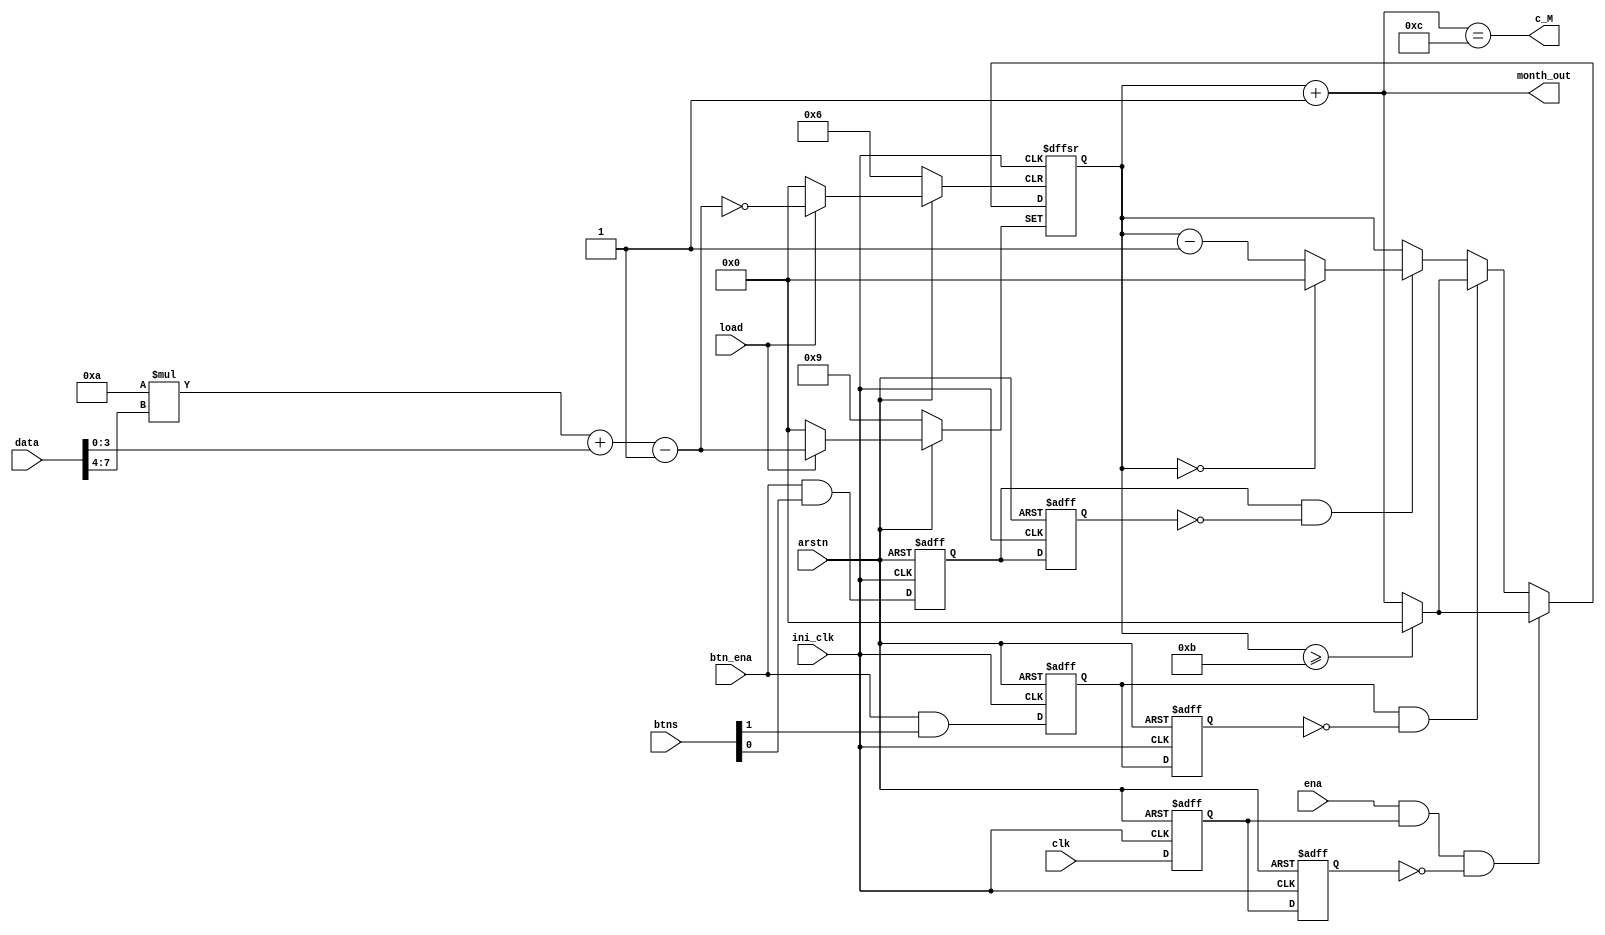
`timescale 1ns / 1ps

module Mcounter(
    input ini_clk,      //?
    input clk,
    input[1:0] btns,    
    input btn_ena,      
    input arstn,    
    input ena,
    input load,
    input[7:0] data,
    output c_M, 
    output[3:0] month_out
    );

    reg [3:0] state; //2^4=16>12
    wire [3:0] month;
    assign month = state + 1'b1; 
    // reg cc;
    // assign c_M = cc;
    wire up,down;
    assign up = btn_ena & btns[1];
    assign down = btn_ena & btns[0];

    // ??
    reg up_d0, up_d1;
    always @ (posedge ini_clk or negedge arstn) begin
        if (~arstn) begin
            up_d0 <= 1'b0;
            up_d1 <= 1'b0;
        end
        else begin 
            up_d0 <= up;
            up_d1 <= up_d0;
        end
    end

    reg down_d0,down_d1;
    always @ (posedge ini_clk or negedge arstn) begin
        if (~arstn) begin
            down_d0 <= 1'b0;
            down_d1 <= 1'b0;
        end
        else begin 
            down_d0 <= down;
            down_d1 <= down_d0;
        end
    end

    reg clk_d0,clk_d1;
    always @(posedge ini_clk or negedge arstn) begin
        if (~arstn) begin 
            clk_d0 <= 0;
            clk_d1 <= 0;
        end
        else begin 
            clk_d0 <= clk;
            clk_d1 <= clk_d0;
        end
    end

    always @ (posedge ini_clk or negedge arstn or posedge load) begin
        if (~arstn) begin
            state <= 4'd9;         //?1949.10.01
            // cc <= 1'b0;
        end
        else if (load) begin
            state <= 10*data[7:4]+data[3:0]-1;
        end
        else if (ena&clk_d0&(~clk_d1)) begin
            if (state >= 4'd11)     
                state <= 4'd0;
            else
                state <= state + 1'b1;
        end
        else if (up_d0&(~up_d1)) begin
            if (state >= 4'd11)
            state <= 4'd0;
            else 
                state <= state + 1'b1;
        end
        else if (down_d0&(~down_d1)) begin
            if (state == 4'd0) 
                state <= 4'd0;
            else 
                state <= state-1'b1;
        end
        else 
            state <= state;
    end
    // always @(posedge (up) or posedge (down)) begin 
    //     if (up == 1) begin
    //         if (state >= 4'd11)
    //         state <= 4'd0;
    //         else 
    //             state <= state + 1;
    //     end
    //     else if (down == 1) begin
    //         if (state == 0) 
    //             state <= 4'd0;
    //         else 
    //             state <= state-1;
    //     end
    // end

    //
    assign month_out = month;

    //
    assign c_M = (month==4'd12);

endmodule